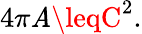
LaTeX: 4\pi\mathit{A}\leqC^{2}.